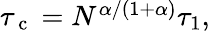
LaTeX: \begin{array}{r}{\tau_{\mathrm{~c~}}=N^{\alpha/(1+\alpha)}\tau_{1},}\end{array}